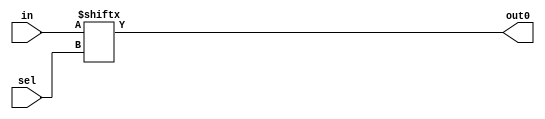
module mux_v5(input wire [1:0]in,
				  input wire sel,
				  output wire out0
				  );
assign out0 = in[sel];

endmodule // mux_v3